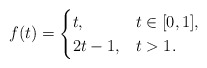
\begin{align*}f(t)=\begin{cases}t, & t\in[0,1], \\2t-1, & t>1.\end{cases}\end{align*}